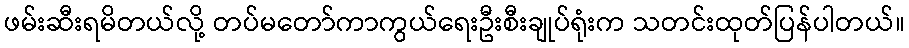
ဖမ်းဆီးရမိတယ်လို့ တပ်မတော်ကာကွယ်ရေးဦးစီးချုပ်ရုံးက သတင်းထုတ်ပြန်ပါတယ်။